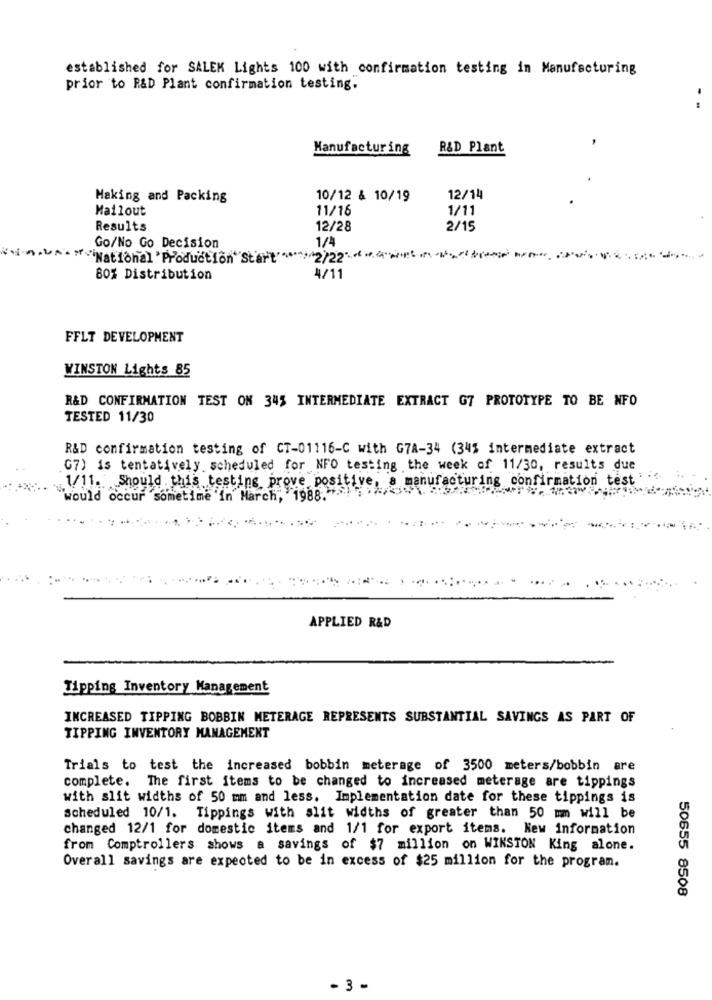
established for SALEK Lights 100 with confirmation testing in Manufacturing
prior to R&D Plant confirmation testing.
--
Manufacturing
R&D Plant
Making and Packing
10/12 & 10/19
12/14
Mailout
11/16
1/11
Results
12/28
2/15
Go/No Go Decision
1/4
++ """National 'Production" Start"
222
80% Distribution
4/11
FFLT DEVELOPMENT
WINSTON Lights 85
R&D CONFIRMATION TEST ON 345 INTERMEDIATE EXTRACT G7 PROTOTYPE TO BE NFO
TESTED 11/30
R&D confirmation testing of CT-01116-C with G7A-34 (34% intermediate extract
G7) is tentatively scheduled for NFO testing the week of 11/30, results due
1/11. Should this testing prove positive, a manufacturing confirmation test
would occur sometime in March, 1988. .....
APPLIED R&D
Tipping Inventory Management
INCREASED TIPPING BOBBIN METERAGE REPRESENTS SUBSTANTIAL SAVINGS AS PART OF
TIPPING INVENTORY MANAGEMENT
Trials to test the increased bobbin meterage of 3500 meters/bobbin are
complete. The first items to be changed to increased meterage are tippings
with slit widths of 50 mm and less. Implementation date for these tippings is
Scheduled 10/1. Tippings with slit widths of greater than 50 mm will be
changed 12/1 for domestic items and 1/1 for export items. New information
from Comptrollers shows a savings of $7 million on WINSTON King alone.
Overall savings are expected to be in excess of $25 million for the program.
50655 8508
- 3-